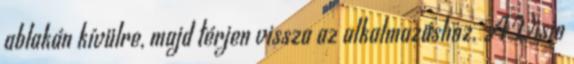
ablakán kívülre, majd térjen vissza az alkalmazáshoz. A Visio